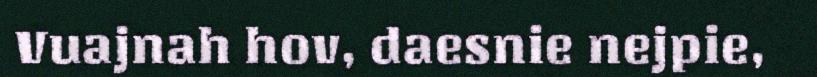
Vuajnah hov, daesnie nejpie,